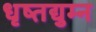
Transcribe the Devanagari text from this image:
धृष्तद्युम्न